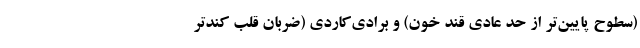
(سطوح پایین‌تر از حد عادی قند خون) و برادی‌کاردی (ضربان قلب کندتر